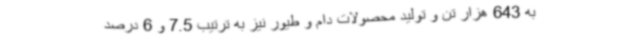
به 643 هزار تن و تولید محصولات دام و طیور نیز به ترتیب 7.5 و 6 درصد